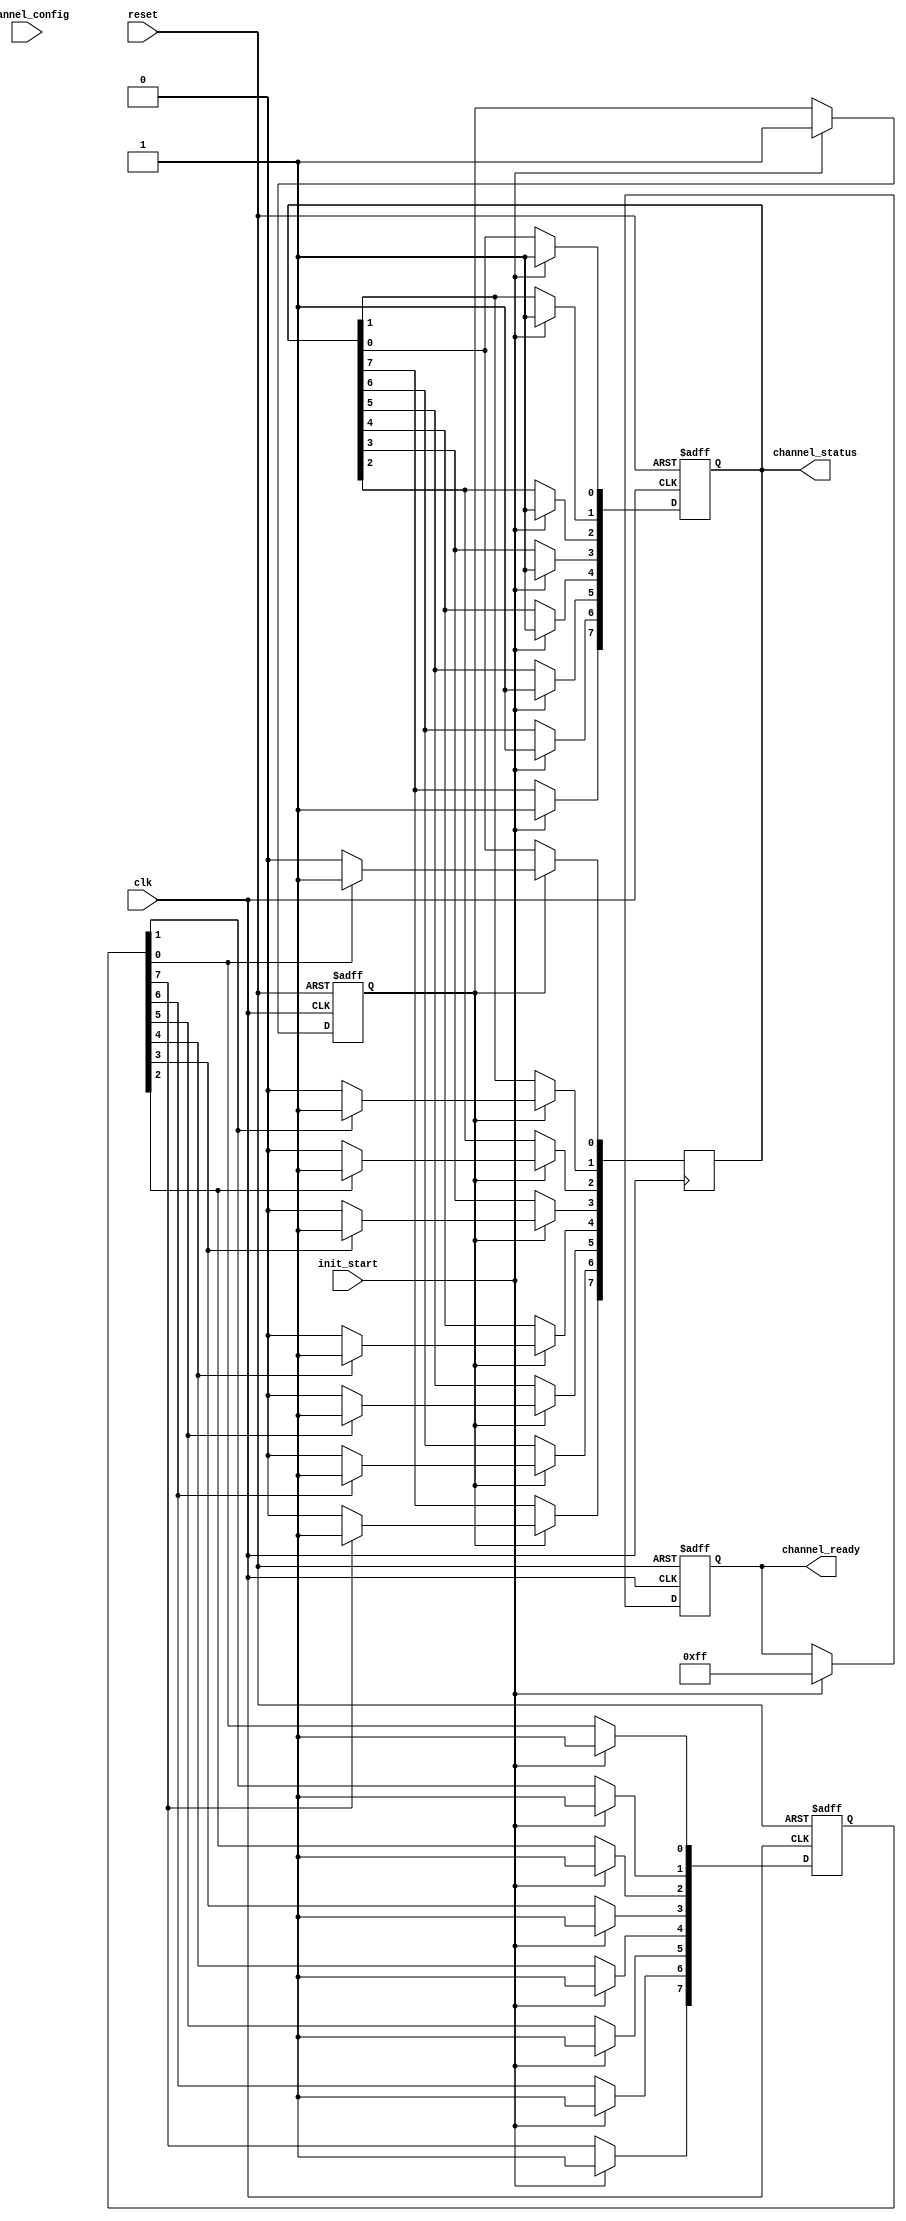
module multi_channel_init #(
    parameter NUM_CHANNELS = 8, // Number of channels
    parameter CONFIG_WIDTH = 16  // Width of each channel configuration
)(
    input wire clk,
    input wire reset,
    input wire init_start,
    input wire [NUM_CHANNELS * CONFIG_WIDTH - 1 : 0] channel_config,
    output reg [NUM_CHANNELS - 1 : 0] channel_ready,
    output reg [NUM_CHANNELS - 1 : 0] channel_status
);

    // Internal signals
    reg [NUM_CHANNELS - 1 : 0] current_state; // Current state of each channel
    reg init_done; // Initialization done flag
    reg [NUM_CHANNELS * CONFIG_WIDTH - 1 : 0] channel_data; // Temporary storage for channel configurations
    integer i;

    // State encoding
    localparam UNINITIALIZED = 1'b0;
    localparam INITIALIZED = 1'b1;

    // Asynchronous reset and initialization process
    always @(posedge clk or posedge reset) begin
        if (reset) begin
            // Reset all channels to uninitialized state
            channel_ready <= {NUM_CHANNELS{1'b0}};
            channel_status <= {NUM_CHANNELS{1'b0}};
            current_state <= {NUM_CHANNELS{UNINITIALIZED}};
            init_done <= 1'b0;
        end else if (init_start) begin
            // Start initialization
            channel_data <= channel_config; // Load configuration data
            init_done <= 1'b0; // Reset init_done flag
            
            // Initialize each channel
            for (i = 0; i < NUM_CHANNELS; i = i + 1) begin
                current_state[i] <= INITIALIZED; // Set each channel to initialized state
                channel_status[i] <= INITIALIZED; // Update channel status
            end
            
            // After loading configurations, set channel_ready
            channel_ready <= {NUM_CHANNELS{1'b1}}; // All channels ready
            init_done <= 1'b1; // Set initialization done flag
        end
    end

    // Update channel status based on initialization
    always @(posedge clk) begin
        if (init_done) begin
            // If initialization is done, keep the status updated
            for (i = 0; i < NUM_CHANNELS; i = i + 1) begin
                if (current_state[i] == INITIALIZED) begin
                    channel_status[i] <= INITIALIZED; // Channel is initialized
                end else begin
                    channel_status[i] <= UNINITIALIZED; // Channel is not initialized
                end
            end
        end
    end

endmodule